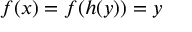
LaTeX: f ( x ) = f ( h ( y ) ) = y